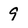
Character: 9